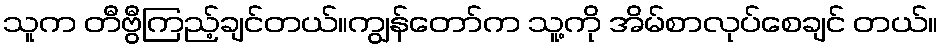
သူက တီဗွီကြည့်ချင်တယ်။ကျွန်တော်က သူ့ကို အိမ်စာလုပ်စေချင် တယ်။